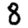
Digit: 8